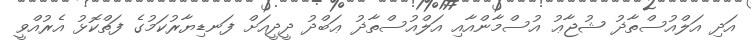
އަދި އަލްއުސްތާޛު ޝުޖާޢު އުސްމާންއާއި އަލްއުސްތާޛު ޢަބްދު ދީދީއަށް ފަނޑިޔާރުކަމުގެ ފަތްކޮޅު އެރުއްވީ